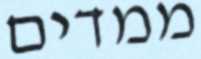
ממדים